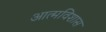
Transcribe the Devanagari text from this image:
आत्मविशास